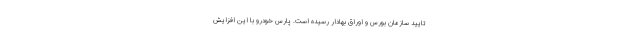
تایید سازمان بورس و اوراق بهادار رسیده است. پارس خودرو با این افزایش